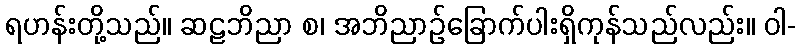
ရဟန်းတို့သည်။ ဆဠဘိညာ စ၊ အဘိညာဉ်ခြောက်ပါးရှိကုန်သည်လည်း။ ဝါ-